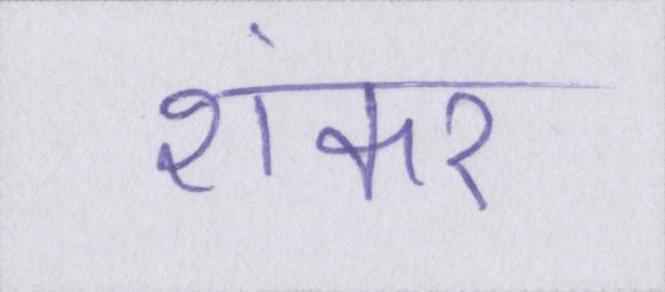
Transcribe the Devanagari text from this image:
शंकर